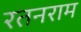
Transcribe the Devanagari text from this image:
रतनराम